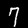
Digit: 7